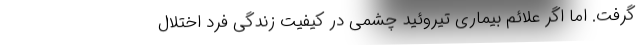
گرفت. اما اگر علائم بیماری تیروئید چشمی در کیفیت زندگی فرد اختلال